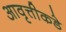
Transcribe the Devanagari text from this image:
आवृत्तीकडे